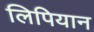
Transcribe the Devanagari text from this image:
लिपियान